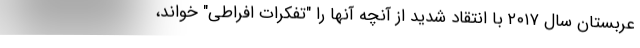
عربستان سال ۲۰۱۷ با انتقاد شدید از آنچه آنها را "تفکرات افراطی" خواند،